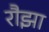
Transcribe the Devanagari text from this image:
रौझा